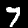
Label: 7